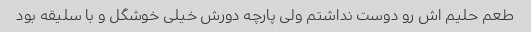
طعم حلیم اش رو دوست نداشتم ولی پارچه دورش خیلی خوشگل و با سلیقه بود